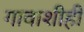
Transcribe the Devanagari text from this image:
गावाशीही